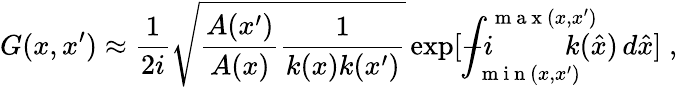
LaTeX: G(x,x^{\prime})\approx\frac{1}{2i}\sqrt{\frac{A(x^{\prime})}{A(x)}\frac{1}{{k(x)k(x^{\prime})}}}\exp[-i\! \! \! \! \! \! \! \! \int_{\mathrm{~m~i~n~}(x,x^{\prime})}^{\mathrm{~m~a~x~}(x,x^{\prime})}\! \! \! \! \! \! \! \! k(\hat{x})\, d\hat{x}]\; ,